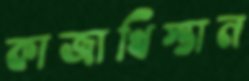
কাজাখিস্তান